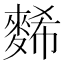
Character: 𪌹